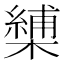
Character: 𭬏